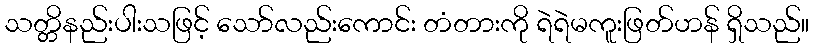
သတ္တိနည်းပါးသဖြင့် သော်လည်းကောင်း တံတားကို ရဲရဲမကူးဖြတ်ဟန် ရှိသည်။